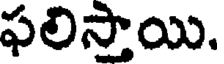
ఫలిస్తాయి.